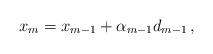
LaTeX: \begin{align*}x_{m}=x_{m-1}+\alpha_{m-1}d_{m-1}\,,\end{align*}